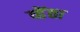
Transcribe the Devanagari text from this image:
व्हेंता